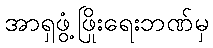
အာရှဖွံ့ဖြိုးရေးဘဏ်မှ